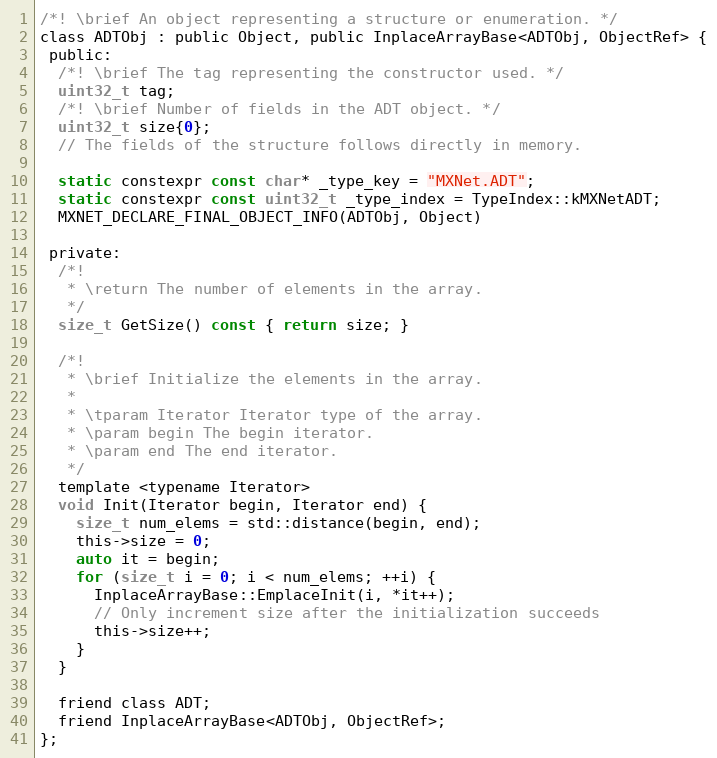
Language: C
/*! \brief An object representing a structure or enumeration. */
class ADTObj : public Object, public InplaceArrayBase<ADTObj, ObjectRef> {
 public:
  /*! \brief The tag representing the constructor used. */
  uint32_t tag;
  /*! \brief Number of fields in the ADT object. */
  uint32_t size{0};
  // The fields of the structure follows directly in memory.

  static constexpr const char* _type_key = "MXNet.ADT";
  static constexpr const uint32_t _type_index = TypeIndex::kMXNetADT;
  MXNET_DECLARE_FINAL_OBJECT_INFO(ADTObj, Object)

 private:
  /*!
   * \return The number of elements in the array.
   */
  size_t GetSize() const { return size; }

  /*!
   * \brief Initialize the elements in the array.
   *
   * \tparam Iterator Iterator type of the array.
   * \param begin The begin iterator.
   * \param end The end iterator.
   */
  template <typename Iterator>
  void Init(Iterator begin, Iterator end) {
    size_t num_elems = std::distance(begin, end);
    this->size = 0;
    auto it = begin;
    for (size_t i = 0; i < num_elems; ++i) {
      InplaceArrayBase::EmplaceInit(i, *it++);
      // Only increment size after the initialization succeeds
      this->size++;
    }
  }

  friend class ADT;
  friend InplaceArrayBase<ADTObj, ObjectRef>;
};